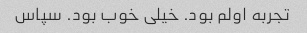
تجربه اولم بود. خیلی خوب بود. سپاس